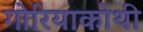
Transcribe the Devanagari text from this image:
गोरियाकोथी